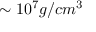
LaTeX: \sim 1 0 ^ { 7 } g / c m ^ { 3 }